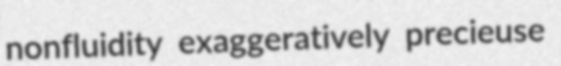
nonfluidity exaggeratively precieuse